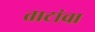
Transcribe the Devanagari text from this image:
ताटांचा